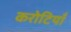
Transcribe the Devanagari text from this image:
करोटियाँ